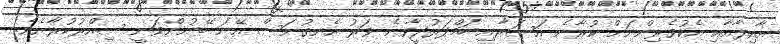
އާއިލާއާއި އެކުވެރިންނަށް ކުރާނެ އަސަރާއި ހަމްދަރުދީވާނެ ވަރު އެނގުނަސް އޭނަ ބޭނުންވަނީ ސިއްރުކުރާށެވެ.